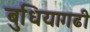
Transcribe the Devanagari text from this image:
बुधियागढी